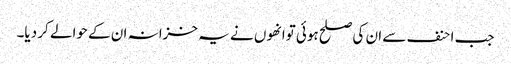
جب احنف سے ان کی صلح ہوئی توانھوں نے یہ خزانہ ان کے حوالے کر دیا۔